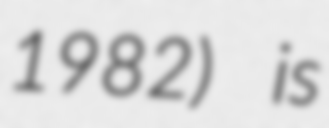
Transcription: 1982) is